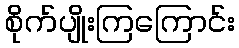
စိုက်ပျိုးကြကြောင်း